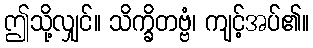
ဤသို့လျှင်။ သိက္ခိတဗ္ဗံ၊ ကျင့်အပ်၏။